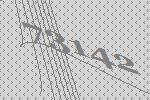
73142